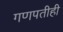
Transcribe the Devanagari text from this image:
गणपतीही